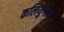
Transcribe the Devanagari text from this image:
कलियुगाने